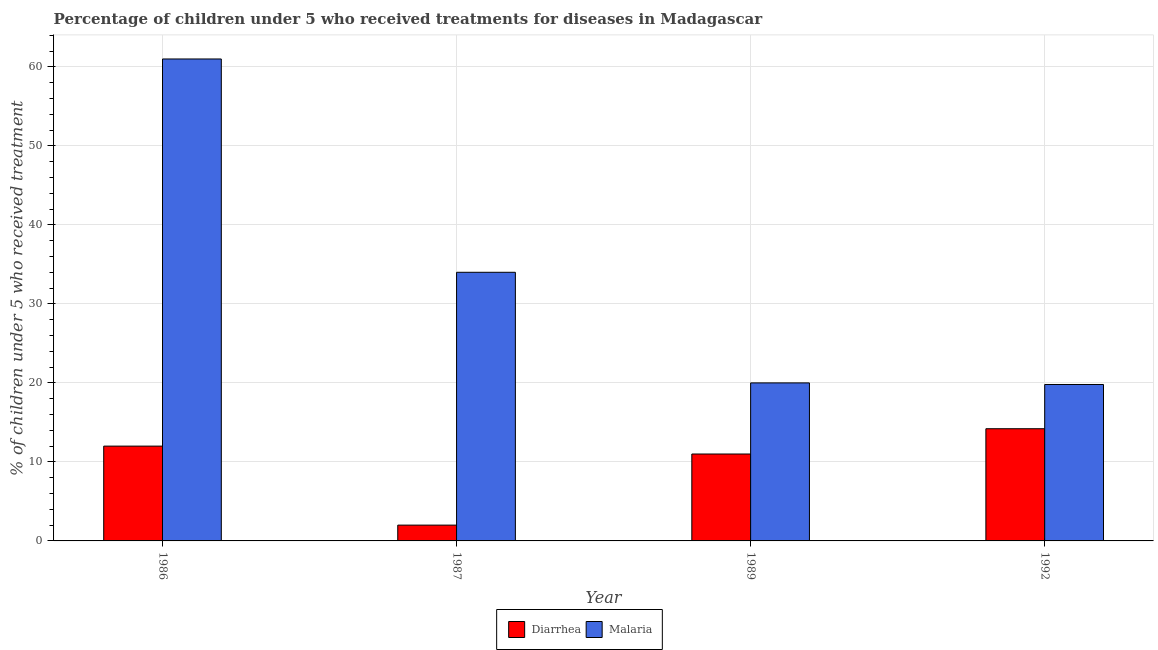
| Year | Diarrhea | Malaria |
 | --- | --- | --- |
 | 1986 | 12 | 61 |
 | 1987 | 2 | 34 |
 | 1989 | 11 | 20 |
 | 1992 | 14.2 | 19.8 |